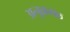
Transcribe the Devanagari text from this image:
अनुक्रमक